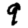
Digit: 9